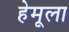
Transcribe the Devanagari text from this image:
हेमूला